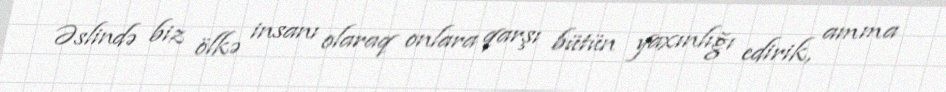
Əslində biz ölkə insanı olaraq onlara qarşı bütün yaxınlığı edirik, amma